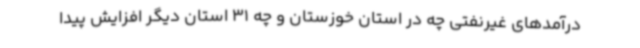
درآمدهای غیرنفتی چه در استان خوزستان و چه 31 استان‌ دیگر افزایش پیدا